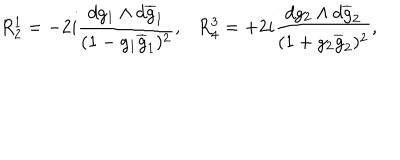
LaTeX: R _ { 2 } ^ { 1 } = - 2 i \frac { d g _ { 1 } \wedge d \overline { { { g } } } _ { 1 } } { ( 1 - g _ { 1 } \overline { { { g } } } _ { 1 } ) ^ { 2 } } , R _ { 4 } ^ { 3 } = + 2 i \frac { d g _ { 2 } \wedge d \overline { { { g } } } _ { 2 } } { ( 1 + g _ { 2 } \overline { { { g } } } _ { 2 } ) ^ { 2 } } ,